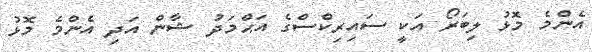
އެންމެ މޮޅު ލިބަރޯ އަކީ ސައިރިކްސްގެ އަޙްމަދު ޝާން އަދި އެންމެ މޮޅު